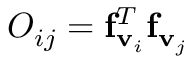
O _ { i j } = { \bf f } _ { { \bf v } _ { i } } ^ { T } { \bf f } _ { { \bf v } _ { j } }